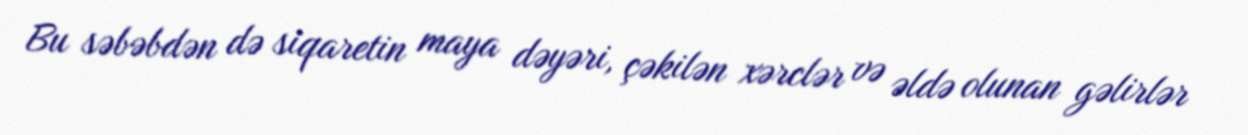
Bu səbəbdən də siqaretin maya dəyəri, çəkilən xərclər və əldə olunan gəlirlər